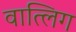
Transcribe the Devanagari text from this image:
वात्लिग